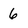
Character: 6